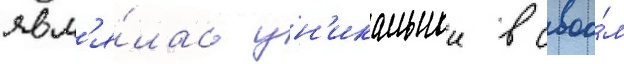
явл'я́лась ун'икальнои в своо́м